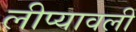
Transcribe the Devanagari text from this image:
लीप्यावली